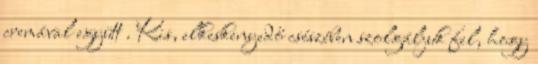
cremával együtt . Kis, elkeskenyedő csészében szolgáljuk fel, hogy